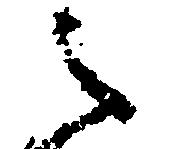
之